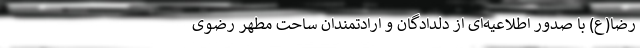
رضا(ع) با صدور اطلاعیه‌ای از دلدادگان و ارادتمندان ساحت مطهر رضوی